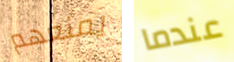
يمنعهم عندما